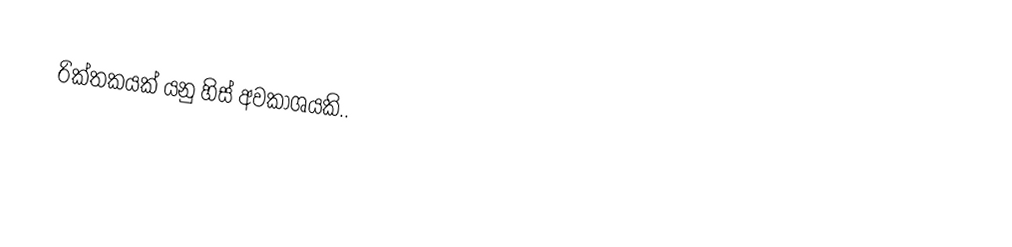
රික්තකයක් යනු හිස් අවකාශයකි..